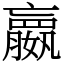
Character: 𫲓